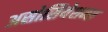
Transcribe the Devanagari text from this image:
असोसियेशन्स